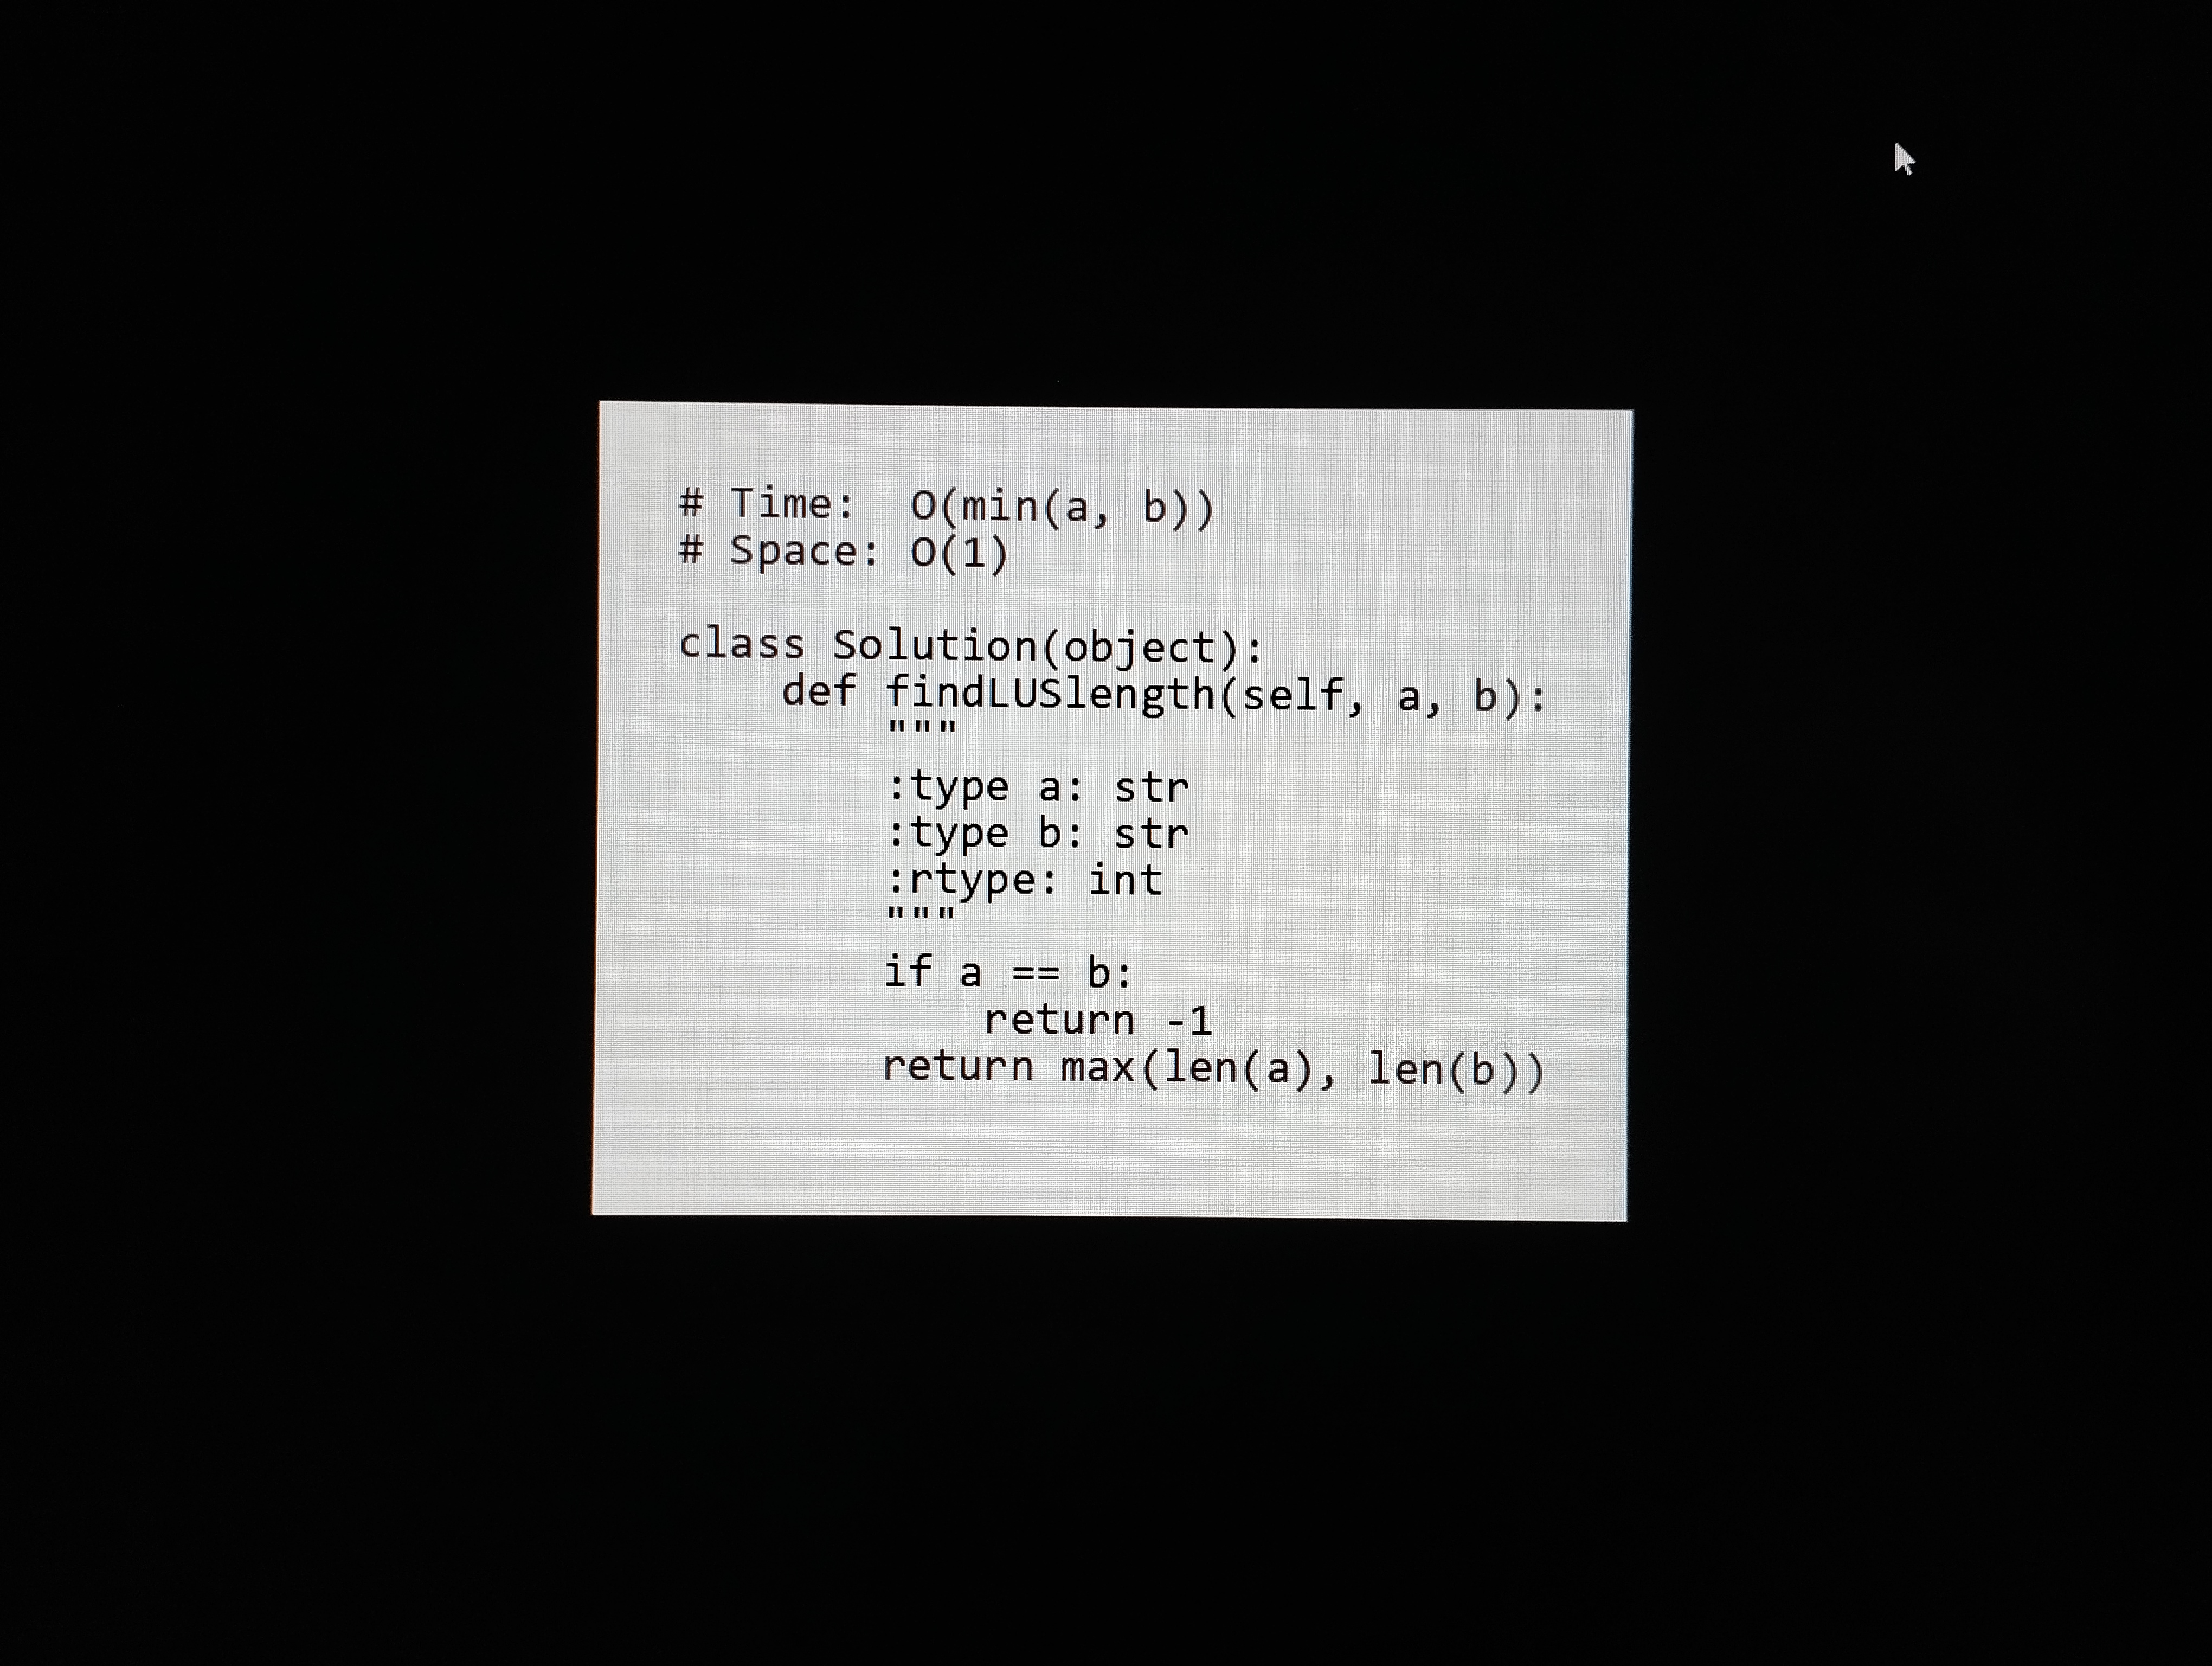
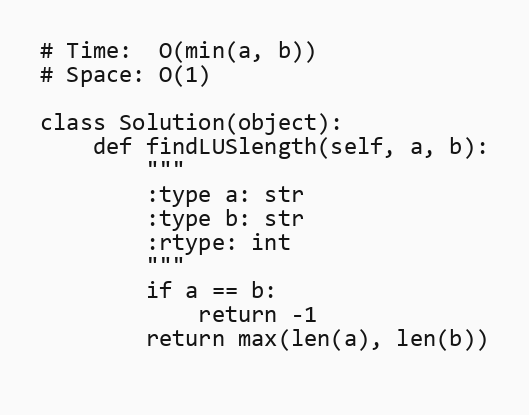
# Time:  O(min(a, b))
# Space: O(1)

class Solution(object):
    def findLUSlength(self, a, b):
        """
        :type a: str
        :type b: str
        :rtype: int
        """
        if a == b:
            return -1
        return max(len(a), len(b))